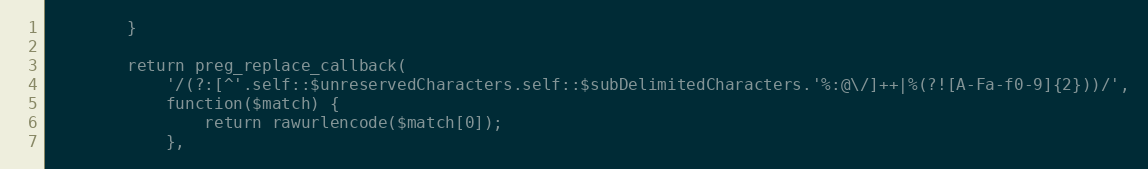
Language: PHP
        }

        return preg_replace_callback(
            '/(?:[^'.self::$unreservedCharacters.self::$subDelimitedCharacters.'%:@\/]++|%(?![A-Fa-f0-9]{2}))/',
            function($match) {
                return rawurlencode($match[0]);
            },